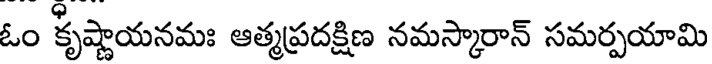
ఓం కృష్ణాయనమః ఆత్మప్రదక్షిణ నమస్కారాన్ సమర్పయామి